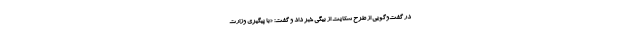
در گفت‌وگویی از طرح شکایت از بیگی خبر داد و گفت: «با پیگیری وزارت